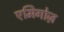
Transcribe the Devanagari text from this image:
एमिगोज़